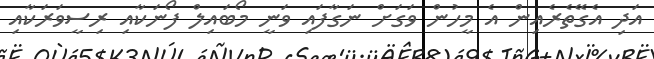
އަދި އެގޭތެރެއިން އެ މީހުން ވަގަށް ނަގާފައި ވަނީ މޯބައިލް ފޯނަކާއި ރިސީވަރަކާއި